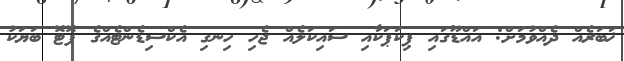
ޚަބަރެއް ދެއްވުމަށް: އައްޑޫގައި ޕިކަޕަކާއި ސައިކަލެއް ޖެހި ހިނގި އެކްސިޑެންޓެއްގެ ފޮޓޮ ބަޔަކު